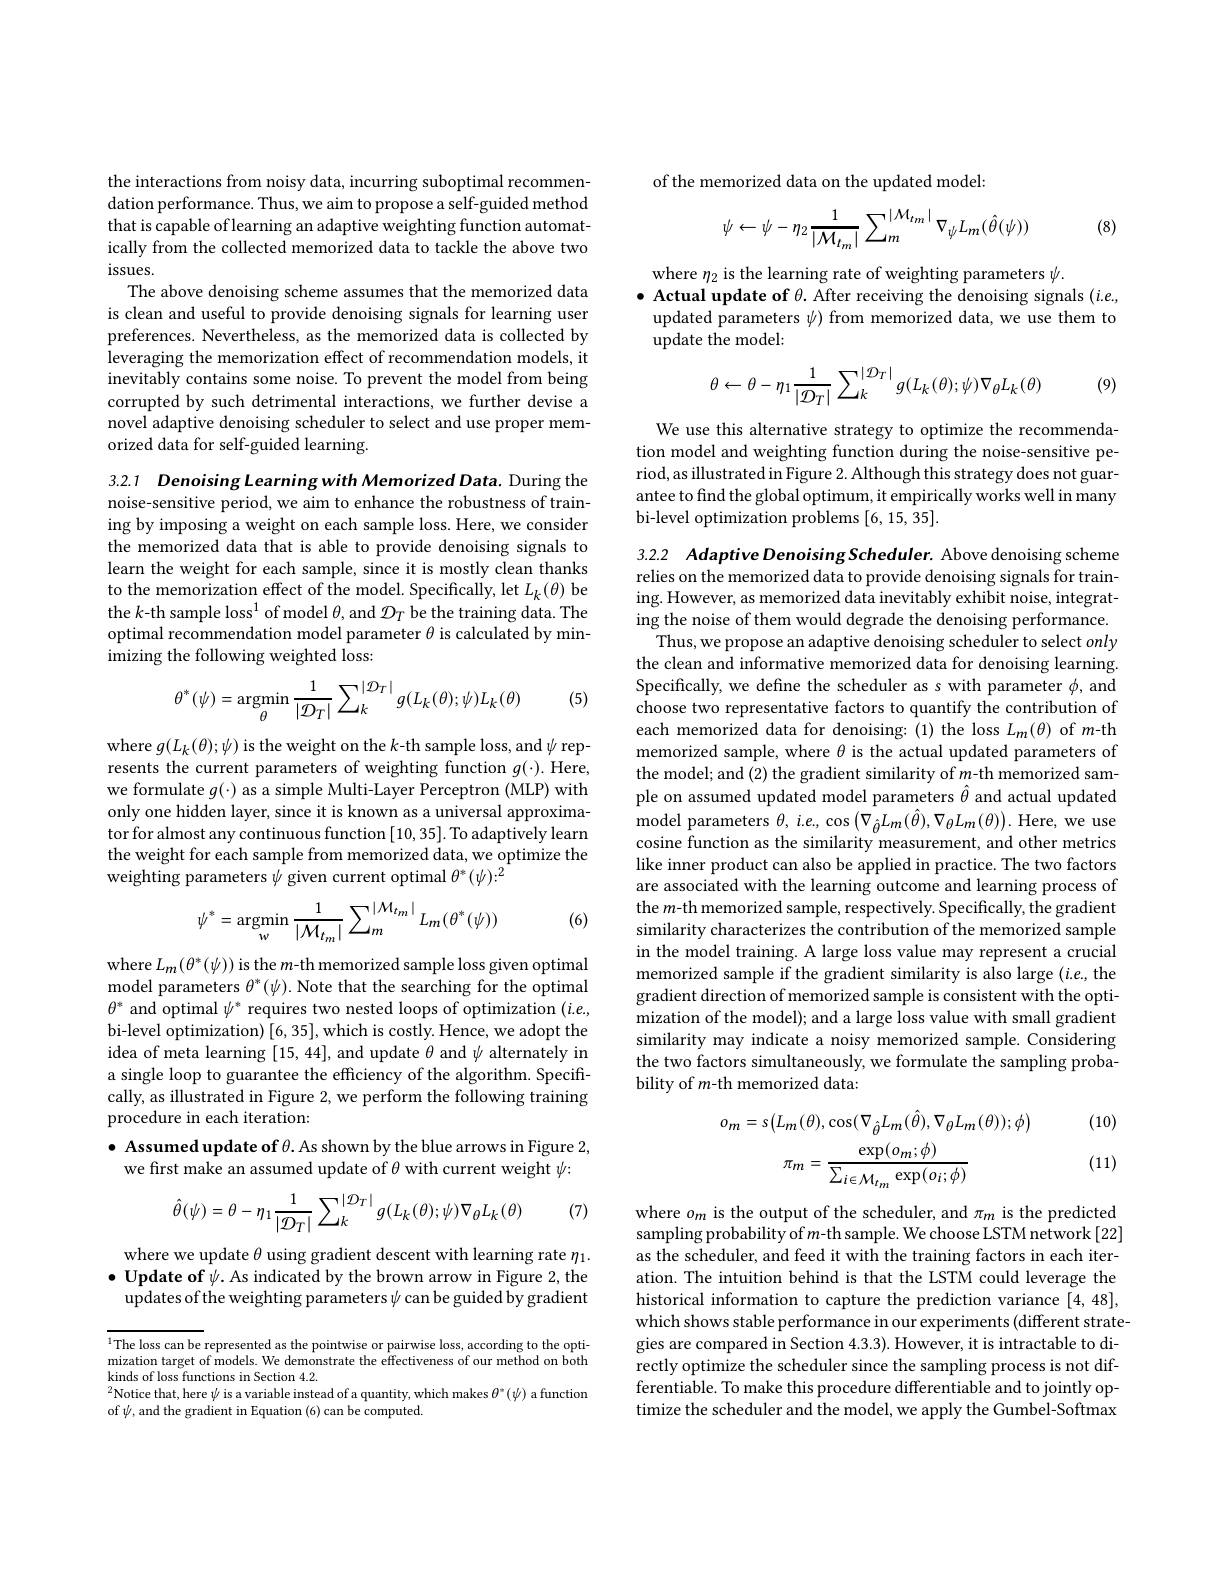
the interactions from noisy data, incurring suboptimal recommendation performance. Thus, we aim to propose a self-guided method that is capable of learning an adaptive weighting function automatically from the collected memorized data to tackle the above two issues.
The above denoising scheme assumes that the memorized data is clean and useful to provide denoising signals for learning user preferences. Nevertheless, as the memorized data is collected by leveraging the memorization effect of recommendation models, it inevitably contains some noise. To prevent the model from being corrupted by such detrimental interactions, we further devise a novel adaptive denoising scheduler to select and use proper memorized data for self-guided learning.

3.2.1 Denoising Learning with Memorized Data. During the noise-sensitive period, we aim to enhance the robustness of training by imposing a weight on each sample loss. Here, we consider the memorized data that is able to provide denoising signals to learn the weight for each sample, since it is mostly clean thanks to the memorization effect of the model. Specifically, let $L_k(\theta)$ be the $k\text{-th sample loss}^1$ of model $\theta$, and $\mathcal{D}_T$ be the training data. The $\dot{\text{optimal recommendation model parameter }\theta\text{ is calculated by min-}}$ imizing the following weighted loss:
$$\theta^*(\psi)=\underset{\theta}{\operatorname*{argmin}}\frac{1}{|\mathcal{D}_T|}\sum_{k}^{|\mathcal{D}_T|}g(L_k(\theta);\psi)L_k(\theta)$$
(5)

where $g(L_k(\theta);\psi)$ is the weight on the $k$-th sample loss, and $\psi$ represents the current parameters of weighting function $g(\cdot).$ Here, we formulate $g(\cdot)$ as a simple Multi-Layer Perceptron (MLP) with only one hidden layer, since it is known as a universal approximator for almost any continuous function [10,35]. To adaptively learn the weight for each sample from memorized data, we optimize the weighting parameters $\psi$ given current optimal $\theta^*(\psi):^2$

(6)
$$\psi^{*}=\underset{w}{\mathrm{argmin}}\frac{1}{|\mathcal{M}_{t_{m}}|}\sum_{m}^{|\mathcal{M}_{t_{m}}|}L_{m}(\theta^{*}(\psi))$$
where $L_m(\theta^*(\psi))$ is the $m$-th memorized sample loss given optimal model parameters $\theta^*(\psi).$ Note that the searching for the optimal $\theta^*$ and optimal $\psi^*$ requires two nested loops of optimization $(i.e$, bi-level optimization) [6, 35], which is costly. Hence, we adopt the idea of meta learning [15,44], and update $\theta$ and $\psi$ alternately in a single loop to guarantee the efficiency of the algorithm. Speciffcally, as illustrated in Figure 2, we perform the following training procedure in each iteration:

## $\bullet$ Assumed update of $\theta.$ As shown by the blue arrows in Figure 2, we first make an assumed update of $\theta$ with current weight $\psi:$
$$\hat{\theta}(\psi)=\theta-\eta_1\frac{1}{|\mathcal{D}_T|}\sum_{k}^{|\mathcal{D}_T|}g(L_k(\theta);\psi)\nabla_\theta L_k(\theta)$$
(7)

where we update $\theta$ using gradient descent with learning rate $\eta_1.$ $\bullet$ Update of $\psi.$ As indicated by the brown arrow in Figure 2, the
updates of the weighting parameters $\psi$ can be guided by gradient

$^{1}$The loss can be represented as the pointwise or pairwise loss, according to the optimization target of models. We demonstrate the effectiveness of our method on both kinds of loss functions in Section 4.2.
$^{2}$Notice that, here $\psi$ is a variable instead of a quantity, which makes $\theta^*(\psi)$ a function
of $\psi$, and the gradient in Equation (6) can be computed.

of the memorized data on the updated model:

(8)
$$\psi\leftarrow\psi-\eta_{2}\frac{1}{|\mathcal{M}_{t_{m}}|}\sum_{m}^{|\mathcal{M}_{tm}|}\nabla_{\psi}L_{m}(\hat{\theta}(\psi))$$
where $\eta_2$ is the learning rate of weighting parameters $\psi.$
$\bullet$ Actual update of $\theta.$ After receiving the denoising signals $(i.e$,
updated parameters $\psi)$ from memorized data, we use them to
update the model:
$$\theta\leftarrow\theta-\eta_1\frac{1}{|\mathcal{D}_T|}\sum_k^{|\mathcal{D}_T|}g(L_k(\theta);\psi)\nabla_\theta L_k(\theta)$$
(9)

We use this alternative strategy to optimize the recommendation model and weighting function during the noise-sensitive period, as illustrated in Figure 2. Although this strategy does not guarantee to find the global optimum, it empirically works well in many bi-level optimization problems [6,15,35].

3.2.2 Adaptive Denoising Scheduler. Above denoising scheme relies on the memorized data to provide denoising signals for training. However, as memorized data inevitably exhibit noise, integrating the noise of them would degrade the denoising performance.
Thus, we propose an adaptive denoising scheduler to select only the clean and informative memorized data for denoising learning. Specifically, we define the scheduler as s with parameter $\phi$, and choose two representative factors to quantify the contribution of each memorized data for denoising: (1) the loss $L_m(\theta)$ of $m$-th memorized sample, where $\theta$ is the actual updated parameters of the model; and (2) the gradient similarity of $m$-th memorized sample on assumed updated model parameters $\hat{\theta}$ and actual updated model parameters $\theta,i.e,\cos\left(\nabla_{\hat{\theta}}L_{m}(\hat{\theta}),\nabla_{\theta}L_{m}(\theta)\right).$ Here, we use cosine function as the similarity measurement, and other metrics like inner product can also be applied in practice. The two factors are associated with the learning outcome and learning process of the $m$-th memorized sample, respectively. Specifically, the gradient similarity characterizes the contribution of the memorized sample in the model training. A large loss value may represent a crucial memorized sample if the gradient similarity is also large $(i.e$,the gradient direction of memorized sample is consistent with the optimization of the model); and a large loss value with small gradient similarity may indicate a noisy memorized sample. Considering the two factors simultaneously, we formulate the sampling probability of $m$-th memorized data:

(10)
$$o_{m}=s\big(L_{m}(\theta),\cos(\nabla_{\hat{\theta}}L_{m}(\hat{\theta}),\nabla_{\theta}L_{m}(\theta));\phi\big)\\\pi_{m}=\frac{\exp(o_{m};\phi)}{\sum_{i\in\mathcal{M}_{tm}}\exp(o_{i};\phi)}$$
(11)

where $o_m$ is the output of the scheduler, and $\pi_m$ is the predicted sampling probability of $m$-th sample. We choose LSTM network[22] as the scheduler, and feed it with the training factors in each iteration. The intuition behind is that the LSTM could leverage the historical information to capture the prediction variance [4,48], which shows stable performance in our experiments (different strategies are compared in Section 4.3.3). However, it is intractable to directly optimize the scheduler since the sampling process is not differentiable. To make this procedure differentiable and to jointly optimize the scheduler and the model, we apply the Gumbel-Softmax